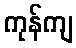
ကုန်ကျ